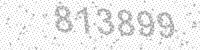
Solution: 813899